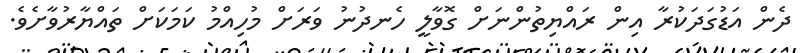
ދެން އަޑުގަދަކުރާ އިން ރައްޔިތުންނަށް ގޮވާލީ ހެނދުނު ވަރަށް މުހިއްމު ކަމަކަށް ތައްޔާރުވާށެވެ.